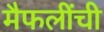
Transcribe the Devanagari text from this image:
मैफलींची